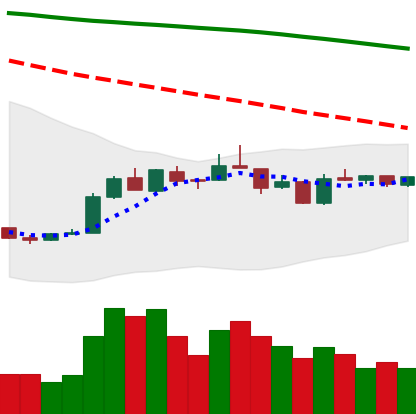
Ticker: EOS-USD
Chart end date: 2019-01-01
Forward return: 7.95%
Label: up_7plus